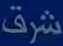
شرق